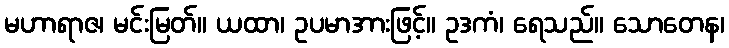
မဟာရာဇ၊ မင်းမြတ်။ ယထာ၊ ဥပမာအားဖြင့်။ ဥဒကံ၊ ရေသည်။ သောတေန၊